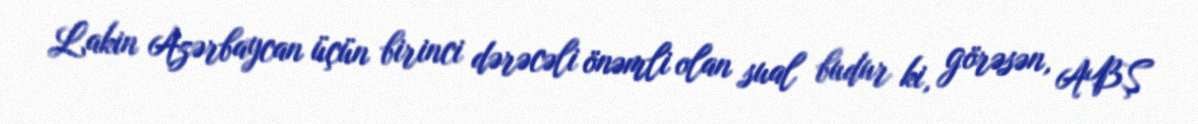
Lakin Azərbaycan üçün birinci dərəcəli önəmli olan sual budur ki, görəsən, ABŞ